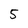
Character: 5